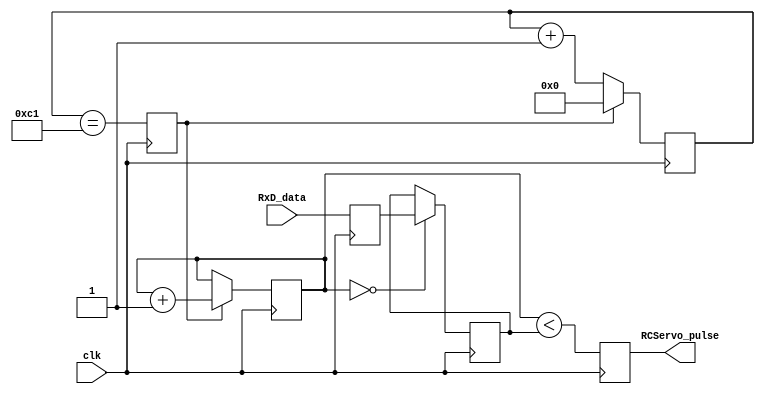
module RCServo(clk, RxD_data, RCServo_pulse);
input clk;
input [9:0] RxD_data;
output RCServo_pulse;

reg [9:0] RxD_data_reg;
always @(posedge clk) RxD_data_reg <= RxD_data;
// adapted from code on fpgas for fun web page
/*inputs: clock (at 50MHz adjust for different clock frequencies) and 8 bit data. 
The 8 bit input varies the pulse length from 1ms to 2ms in 256 steps. 
The pulses occur every 16ms. These can all be varied by adjusting the code*/
////////////////////////////////////////////////////////////////////////////
// divide the clock for a 50MHz clock to get a tick as close as possible to 3.9us

parameter ClkDiv = 195;  // 50000000/1000/256 = 195.31

reg [7:0] ClkCount;
reg ClkTick;
always @(posedge clk) ClkTick <= (ClkCount==ClkDiv-2); //set ClkTick to 1 when reach state
always @(posedge clk) if(ClkTick) ClkCount <= 8'b0; else ClkCount <= ClkCount + 1'b1; /* reset ClkCount when 1 tick
                                                                             else continue counting*/

////////////////////////////////////////////////////////////////////////////
reg [11:0] PulseCount;
always @(posedge clk) if(ClkTick) PulseCount <= PulseCount + 1'b1; // for each tick increment pulsecount 1

// make sure the RCServo_position is stable while the pulse is generated
reg [9:0] RCServo_position;
always @(posedge clk) if(PulseCount==0) RCServo_position <= RxD_data_reg; /*first time through Pulsecount output width of pulse
                                                                           thereafter output 0 until time for next pulse*/

reg RCServo_pulse;
always @(posedge clk) RCServo_pulse <= (PulseCount < {2'b00,RCServo_position}); /*set output low until
                                                                             length of pulse is reached*/

endmodule